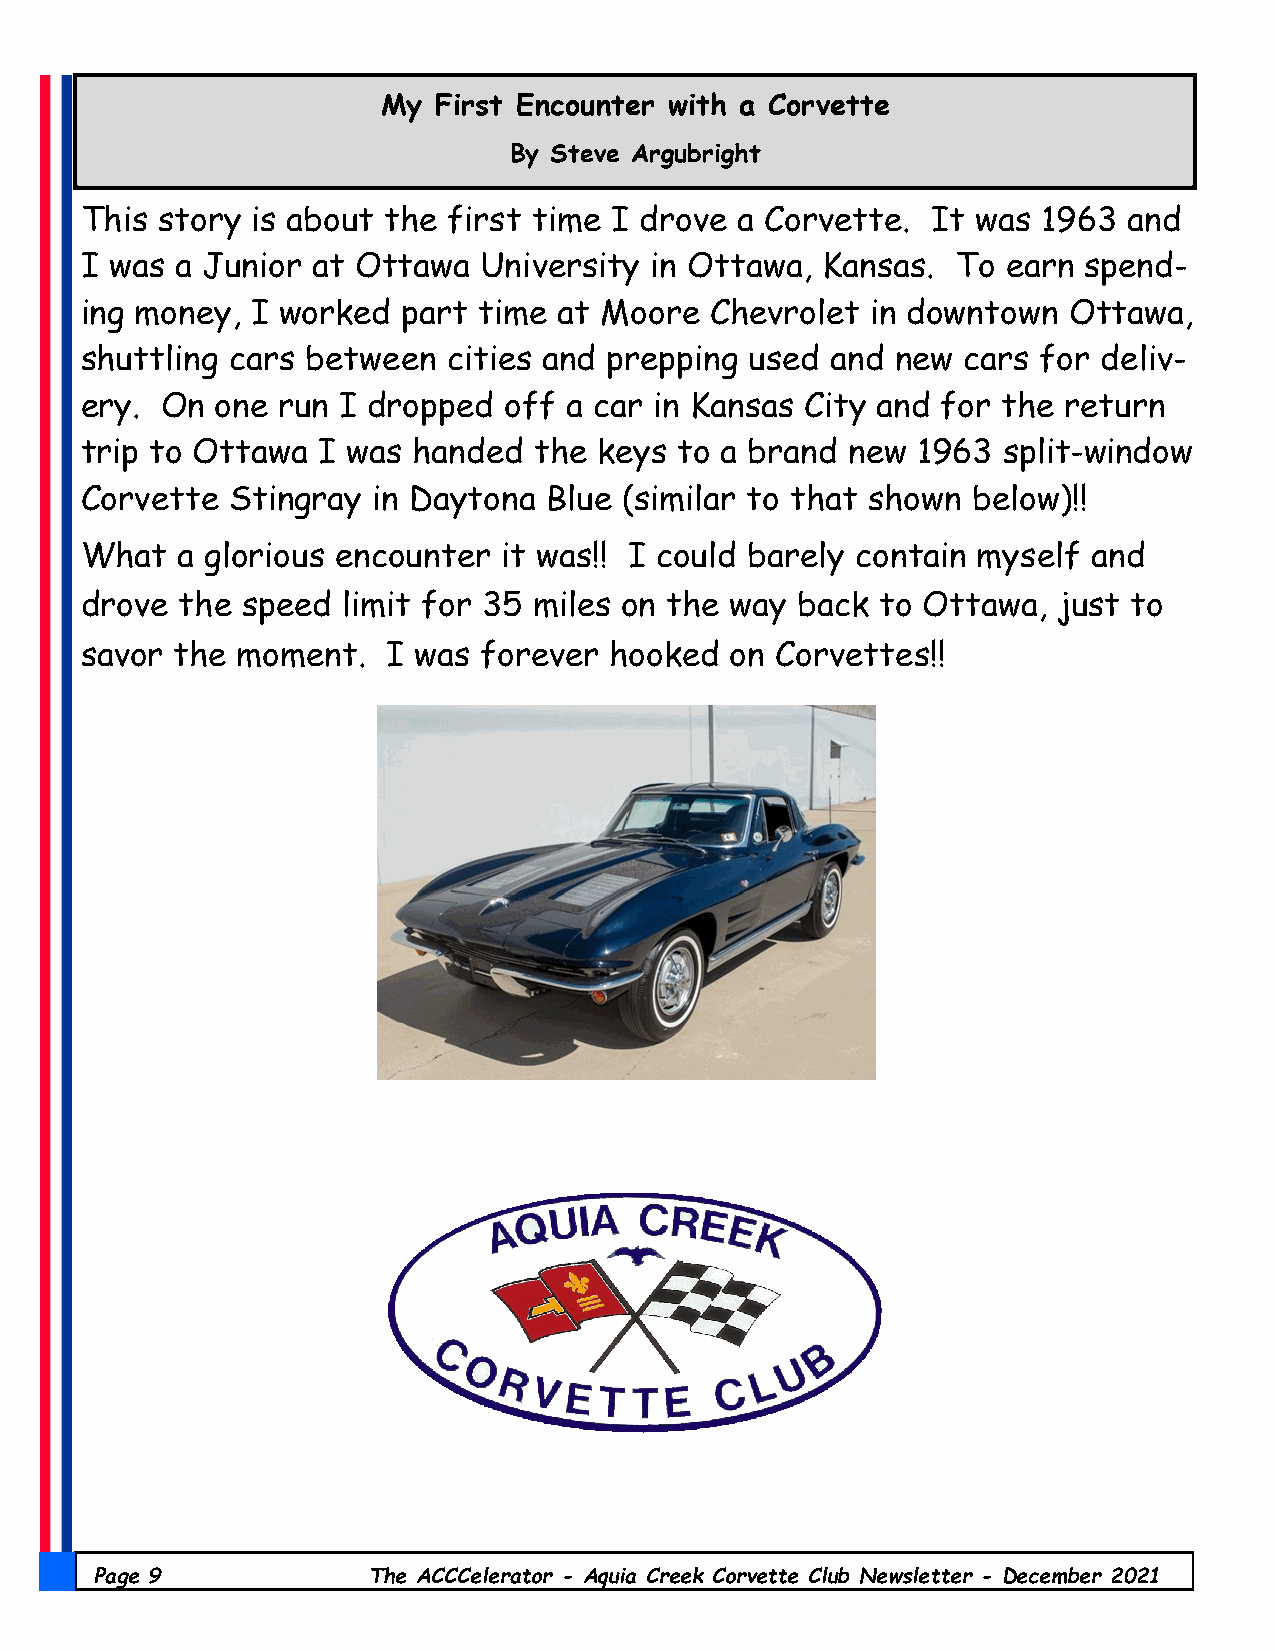
My  First Encounter with a Corvette
 By Steve Argubright
 This story  is about the first time I drove a Corvette.  It was 1963  and
 I was  a Junior at Ottawa  University in Ottawa, Kansas.  To  earn spend-
 ing money,  I worked  part time at Moore  Chevrolet  in downtown  Ottawa,
 shuttling cars between   cities and prepping used and new  cars for deliv-
 ery.  On one run I dropped  off a car in Kansas City and for the  return
 trip to Ottawa  I was handed  the  keys to a brand new  1963 split-window
 Corvette  Stingray  in Daytona Blue (similar to that shown below)!!
 What   a glorious encounter it was!! I could barely contain myself and
 drove  the speed  limit for 35 miles on the way back to Ottawa,  just to
 savor  the moment.   I was forever hooked  on Corvettes!!
 Page 9            The ACCCelerator - Aquia Creek Corvette Club Newsletter - December 2021